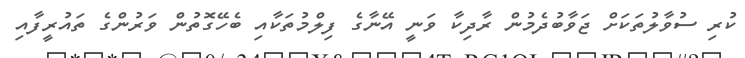
ކުރި ސުވާލުތަކަށް ޖަވާބުދެމުން ރާދިކާ ވަނީ އޭނާގެ ފިލްމުތަކާއި ބެހޭގޮތުން ވަރުންގެ ތައުރީފާއި